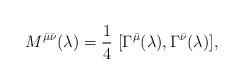
LaTeX: \begin{align*}M^{\bar{\mu} \bar{\nu}}(\lambda)=\frac{1}{4}~[\Gamma^{\bar{\mu}}(\lambda),\Gamma^{\bar{\nu}}(\lambda)],\end{align*}